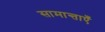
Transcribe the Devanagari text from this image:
सामान्ताएँ